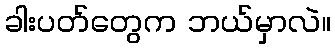
ခါးပတ်တွေက ဘယ်မှာလဲ။